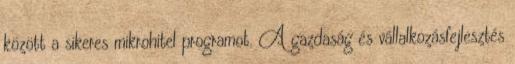
között a sikeres mikrohitel programot. A gazdaság és vállalkozásfejlesztés